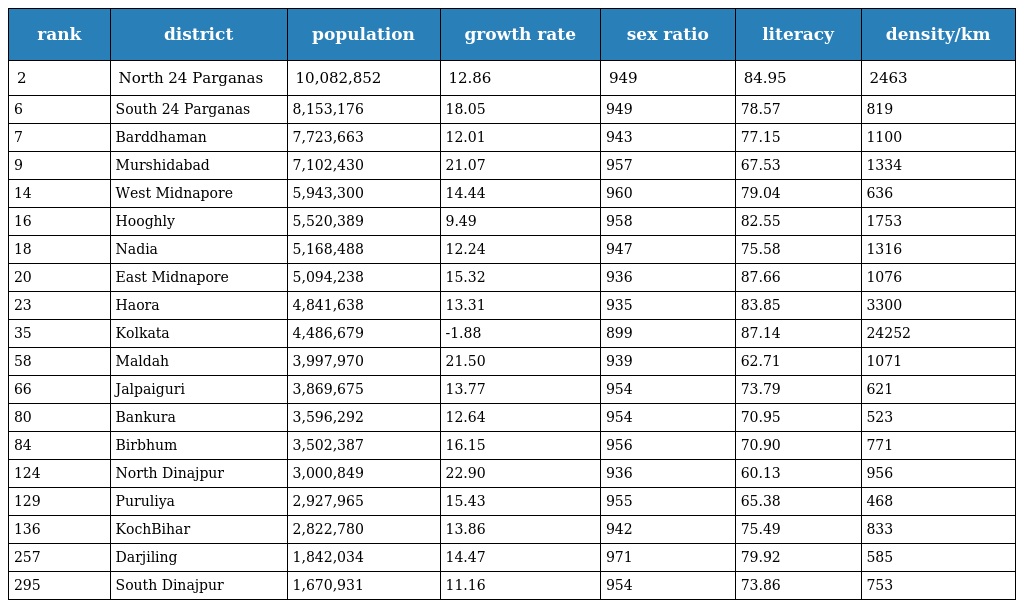
| rank | district | population | growth rate | sex ratio | literacy | density/km |
 | --- | --- | --- | --- | --- | --- | --- |
 | 2 | North 24 Parganas | 10,082,852 | 12.86 | 949 | 84.95 | 2463 |
 | 6 | South 24 Parganas | 8,153,176 | 18.05 | 949 | 78.57 | 819 |
 | 7 | Barddhaman | 7,723,663 | 12.01 | 943 | 77.15 | 1100 |
 | 9 | Murshidabad | 7,102,430 | 21.07 | 957 | 67.53 | 1334 |
 | 14 | West Midnapore | 5,943,300 | 14.44 | 960 | 79.04 | 636 |
 | 16 | Hooghly | 5,520,389 | 9.49 | 958 | 82.55 | 1753 |
 | 18 | Nadia | 5,168,488 | 12.24 | 947 | 75.58 | 1316 |
 | 20 | East Midnapore | 5,094,238 | 15.32 | 936 | 87.66 | 1076 |
 | 23 | Haora | 4,841,638 | 13.31 | 935 | 83.85 | 3300 |
 | 35 | Kolkata | 4,486,679 | -1.88 | 899 | 87.14 | 24252 |
 | 58 | Maldah | 3,997,970 | 21.50 | 939 | 62.71 | 1071 |
 | 66 | Jalpaiguri | 3,869,675 | 13.77 | 954 | 73.79 | 621 |
 | 80 | Bankura | 3,596,292 | 12.64 | 954 | 70.95 | 523 |
 | 84 | Birbhum | 3,502,387 | 16.15 | 956 | 70.90 | 771 |
 | 124 | North Dinajpur | 3,000,849 | 22.90 | 936 | 60.13 | 956 |
 | 129 | Puruliya | 2,927,965 | 15.43 | 955 | 65.38 | 468 |
 | 136 | KochBihar | 2,822,780 | 13.86 | 942 | 75.49 | 833 |
 | 257 | Darjiling | 1,842,034 | 14.47 | 971 | 79.92 | 585 |
 | 295 | South Dinajpur | 1,670,931 | 11.16 | 954 | 73.86 | 753 |